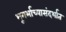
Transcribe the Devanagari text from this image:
भूगर्भाच्यासंदर्भात